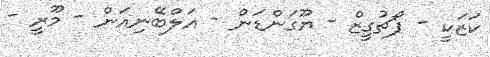
ކަޒަކީ - ޕޯޗުގީޒް - ޔޫގަންޑަން - އަލްބޭނިއަން - މޫރީ -